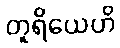
တူရိယေဟိ